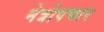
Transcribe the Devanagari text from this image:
नेत्रोपचार